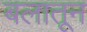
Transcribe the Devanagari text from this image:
बलातून